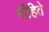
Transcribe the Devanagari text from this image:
मीहिते